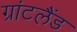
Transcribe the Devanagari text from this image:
ग्रांटलैंड